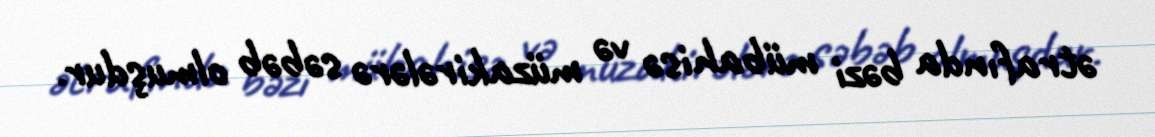
ətrafında bəzi mübahisə və müzakirələrə səbəb olmuşdur.